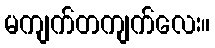
မကျက်တကျက်လေး။